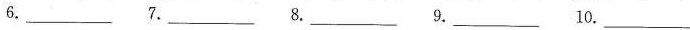
6.___ 7.___ 8.___ 9.___ 10.___